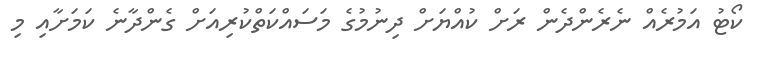
ކޯޓު އަމުރެއް ނެރެންދެން ރަށް ކުއްޔަށް ދިނުމުގެ މަސައްކަތްކުރިއަށް ގެންދާނެ ކަމަށާއި މި